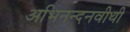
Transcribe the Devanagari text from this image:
अभिनन्दनवीथी